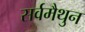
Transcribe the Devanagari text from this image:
सर्वमैथुन